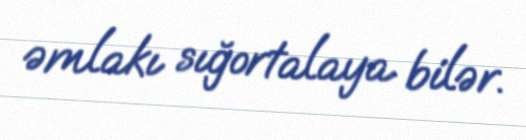
əmlakı sığortalaya bilər.